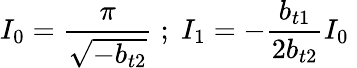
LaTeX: I_{0}=\frac{\pi}{\sqrt{-b_{t2}}}\; ;\; I_{1}=-\frac{b_{t1}}{2b_{t2}}I_{0}\;